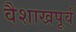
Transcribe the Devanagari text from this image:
वैशाखपूर्व